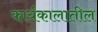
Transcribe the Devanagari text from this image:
कार्यकालातील